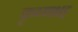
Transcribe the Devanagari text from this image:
कृष्णभट्ट